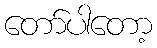
တော်ပါတော့